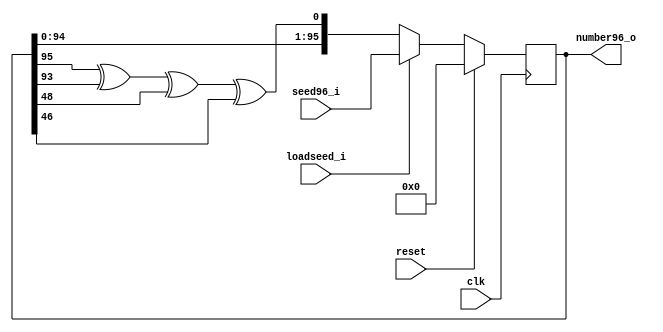
//////////////////////////////////////////////////////////////////////
////                                                              ////
////  Random Number Generator                                     ////
////                                                              ////
////  This file is part of the SystemC RNG                        ////
////                                                              ////
////  Description:                                                ////
////                                                              ////
////  Implementation of random number generator                   ////
////                                                              ////
////  To Do:                                                      ////
////   - done                                                     ////
////                                                              ////
////  Author(s):                                                  ////
////      - Javier Castillo, javier.castillo@urjc.es              ////
////                                                              ////
////  This core is provided by Universidad Rey Juan Carlos        ////
////  http://www.escet.urjc.es/~jmartine                          ////
////                                                              ////
//////////////////////////////////////////////////////////////////////
////                                                              ////
//// Copyright (C) 2000 Authors and OPENCORES.ORG                 ////
////                                                              ////
//// This source file may be used and distributed without         ////
//// restriction provided that this copyright statement is not    ////
//// removed from the file and that any derivative work contains  ////
//// the original copyright notice and the associated disclaimer. ////
////                                                              ////
//// This source file is free software; you can redistribute it   ////
//// and/or modify it under the terms of the GNU Lesser General   ////
//// Public License as published by the Free Software Foundation; ////
//// either version 2.1 of the License, or (at your option) any   ////
//// later version.                                               ////
////                                                              ////
//// This source is distributed in the hope that it will be       ////
//// useful, but WITHOUT ANY WARRANTY; without even the implied   ////
//// warranty of MERCHANTABILITY or FITNESS FOR A PARTICULAR      ////
//// PURPOSE.  See the GNU Lesser General Public License for more ////
//// details.                                                     ////
////                                                              ////
//// You should have received a copy of the GNU Lesser General    ////
//// Public License along with this source; if not, download it   ////
//// from http://www.opencores.org/lgpl.shtml                     ////
////                                                              ////
//////////////////////////////////////////////////////////////////////
//
// CVS Revision History
//
// $Log: not supported by cvs2svn $
// Revision 1.3  2005/07/30 20:07:26  jcastillo
// Correct bit 28. Correct assignation to bit 31
//
// Revision 1.2  2005/07/29 09:13:06  jcastillo
// Correct bit 28 of CASR
//
// Revision 1.1  2004/09/23 09:43:06  jcastillo
// Verilog first import
//

`timescale 10ns/1ns

module Rng96 #(parameter  WORDSIZE = 32)(clk,reset,loadseed_i,seed96_i,number96_o);
input clk;
input reset;
input loadseed_i;
input [95:0] seed96_i;
output [95:0] number96_o;

reg [95:0]number_intern;
assign number96_o = number_intern;
wire feedback = number_intern[95]^number_intern[93]^number_intern[48]^number_intern[46];

always @(posedge clk)
  if (reset) 
    number_intern <= 96'h0;
  else if (loadseed_i)
    number_intern <=seed96_i;
  else
    number_intern <= {number96_o[94:0], feedback} ;


endmodule